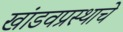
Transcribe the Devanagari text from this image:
खांडवप्रस्थाचे